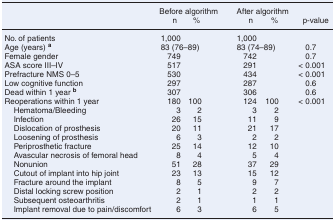
|  | <COLSPAN=2> Before algorithm | <COLSPAN=2> After algorithm |  |
 |  | n | % | n | % | p-value |
 | --- | --- | --- | --- | --- | --- |
 | No. of patients | 1,000 |  | 1,000 |  |  |
 | Age (years) a | 83 (76–89) |  | 83 (74–89) |  | 0.7 |
 | Female gender | 749 |  | 742 |  | 0.7 |
 | ASA score III–IV | 517 |  | 291 |  | < 0.001 |
 | Prefracture NMS 0–5 | 530 |  | 434 |  | < 0.001 |
 | Low cognitive function | 297 |  | 287 |  | 0.6 |
 | Dead within 1 year b | 307 |  | 306 |  | 0.6 |
 | Reoperations within 1 year | 180 | 100 | 124 | 100 | < 0.001 |
 | Hematoma/Bleeding | 3 | 2 | 3 | 2 |  |
 | Infection | 26 | 15 | 11 | 9 |  |
 | Dislocation of prosthesis | 20 | 11 | 21 | 17 |  |
 | Loosening of prosthesis | 6 | 3 | 2 | 2 |  |
 | Periprosthetic fracture | 25 | 14 | 12 | 10 |  |
 | Avascular necrosis of femoral head | 8 | 4 | 5 | 4 |  |
 | Nonunion | 51 | 28 | 37 | 29 |  |
 | Cutout of implant into hip joint | 23 | 13 | 15 | 12 |  |
 | Fracture around the implant | 8 | 5 | 9 | 7 |  |
 | Distal locking screw position | 2 | 1 | 2 | 2 |  |
 | Subsequent osteoarthritis | 2 | 1 | 1 | 1 |  |
 | Implant removal due to pain/discomfort | 6 | 3 | 6 | 5 |  |